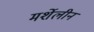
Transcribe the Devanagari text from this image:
मर्शेलीन